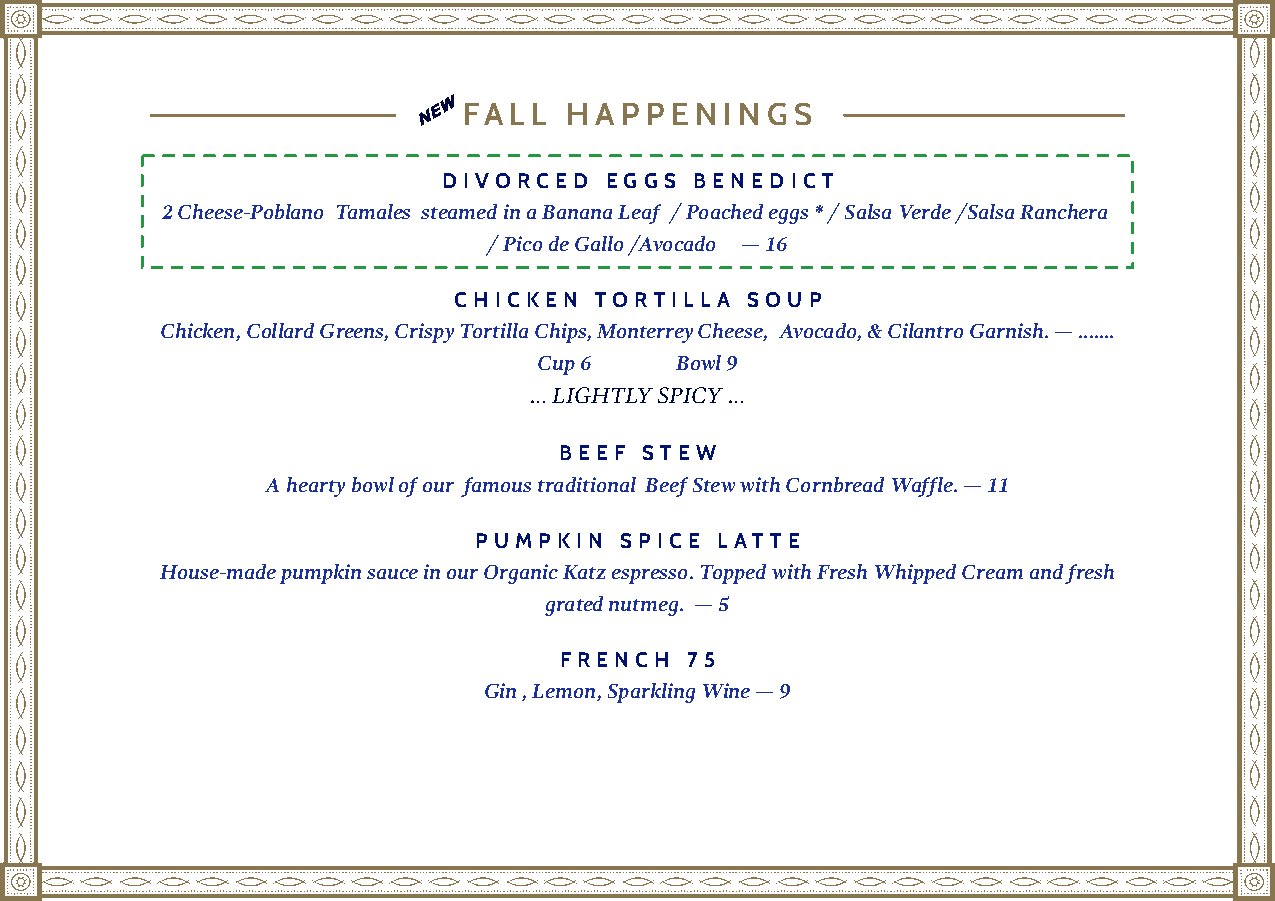
A
 FALL   HAPPE   N ING  S
 DIVORCED   EGGS  BENEDIC T
 2 Cheese-Poblano Tamales steamed in a Banana Leaf / Poached eggs * / Salsa Verde /Salsa Ranchera
 / Pico de Gallo /Avocado — 16
 CHICKE N TORTIL LA SOU  P
 Chicken, Collard Greens, Crispy Tortilla Chips, Monterrey Cheese, Avocado, & Cilantro Garnish. — .......
 Cup 6    Bowl 9
 … LIGHTLY SPICY …
 BEEF  STEW
 A hearty bowl of our famous traditional Beef Stew with Cornbread Waffle. — 11
 PUMPKIN   SPICE LAT TE
 House-made pumpkin sauce in our Organic Katz espresso. Topped with Fresh Whipped Cream and fresh
 grated nutmeg. — 5
 FRENCH  75
 Gin , Lemon, Sparkling Wine — 9